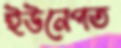
ইউনেপত